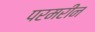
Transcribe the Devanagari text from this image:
परमरीन